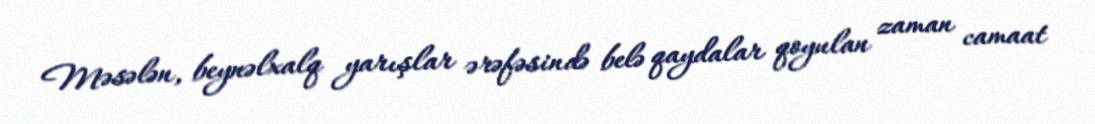
Məsələn, beynəlxalq yarışlar ərəfəsində belə qaydalar qoyulan zaman camaat